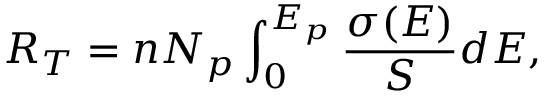
R _ { T } = n N _ { p } \int _ { 0 } ^ { E _ { p } } \frac { \sigma ( E ) } { S } d E ,